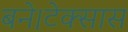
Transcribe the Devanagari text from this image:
बने।टेक्सास